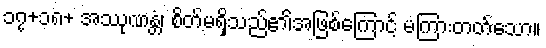
၁၇+၁၈+ အဿုဏန္တံ၊ စိတ်မရှိသည်၏အဖြစ်ကြောင့် မကြားတတ်သော။